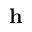
\mathbf { h }